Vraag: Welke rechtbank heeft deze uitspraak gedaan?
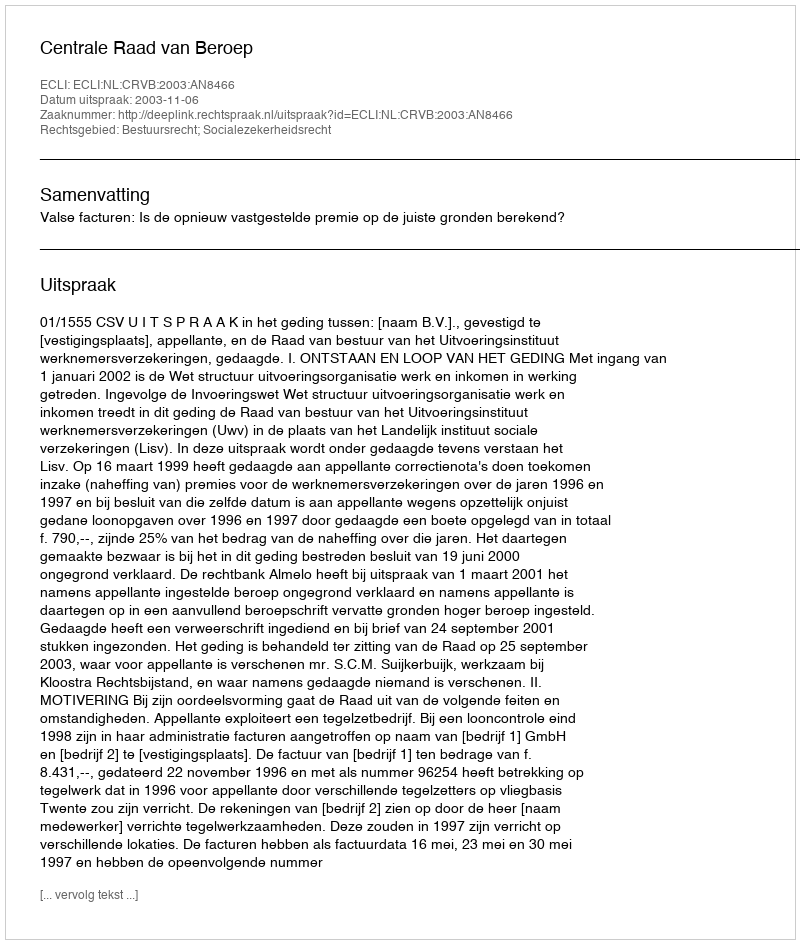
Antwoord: Centrale Raad van Beroep